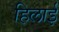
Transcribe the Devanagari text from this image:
हिलाई